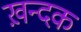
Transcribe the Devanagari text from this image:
ख़न्दक